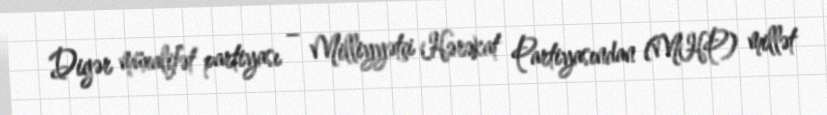
Digər müxalifət partiyası – Milliyyətçi Hərəkat Partiyasından (MHP) millət